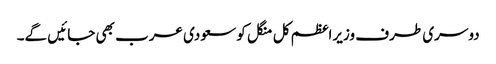
دوسری طرف وزیراعظم کل منگل کو سعودی عرب بھی جائیں گے۔